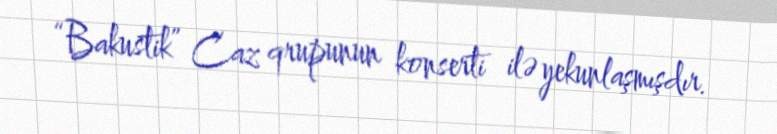
“Bakustik” Caz qrupunun konserti ilə yekunlaşmışdır.